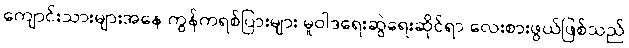
ကျောင်းသားများအနေ ကွန်ကရစ်ပြားများ မူဝါဒရေးဆွဲရေးဆိုင်ရာ လေးစားဖွယ်ဖြစ်သည်